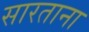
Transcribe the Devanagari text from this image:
सारताना